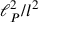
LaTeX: \ell _ { P } ^ { 2 } / l ^ { 2 }